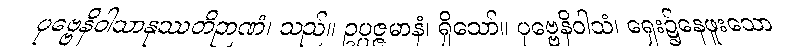
ပုဗ္ဗေနိဝါသာနုဿတိဉာဏံ၊ သည်။ ဥပ္ပဇ္ဇမာနံ၊ ရှိသော်။ ပုဗ္ဗေနိဝါသံ၊ ရှေး၌နေဖူးသော